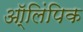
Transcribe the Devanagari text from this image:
ऑ्लिंपिक